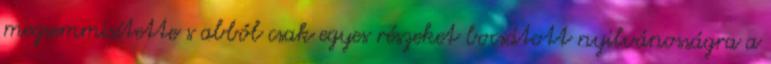
megsemmisítette s abból csak egyes részeket bocsátott nyilvánosságra a